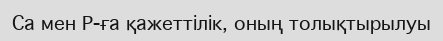
Са мен Р-ға қажеттiлiк, оның толықтырылуы